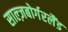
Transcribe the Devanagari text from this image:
साल्ज़बोर्गरलैंड